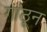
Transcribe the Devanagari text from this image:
गांठून